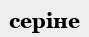
серіне